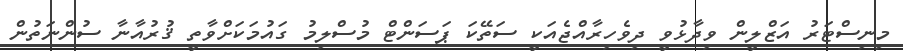
މިނިސްޓަރު އަޒްލީން ވިދާޅުވީ ދިވެހިރާއްޖެއަކީ ސަތޭކަ ޕަސަންޓް މުސްލިމު ގައުމަކަށްވާތީ ޤުރުއާނާ ސުންނަތުން